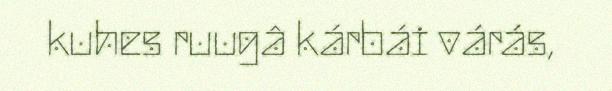
kuhes ruugâ kárbái várás,